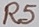
Text: R5